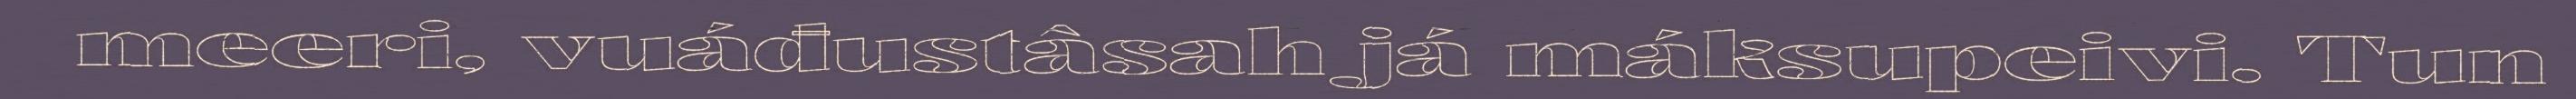
meeri, vuáđustâsah já máksupeivi. Tun